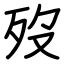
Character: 歿